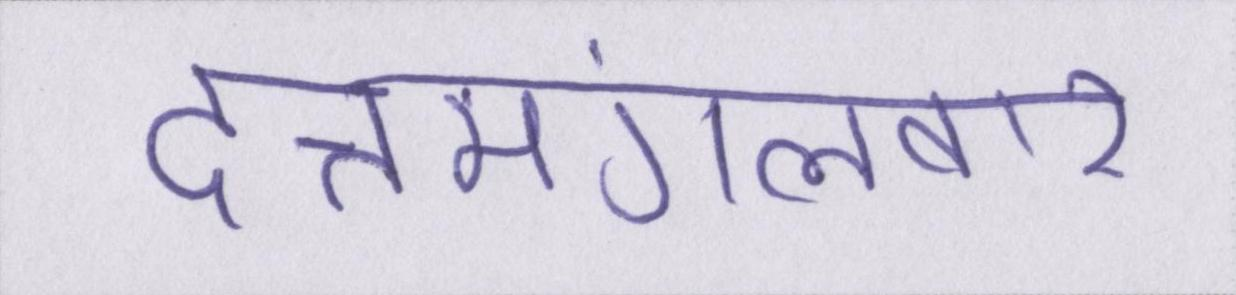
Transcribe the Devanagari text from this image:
दत्तमंगलवार